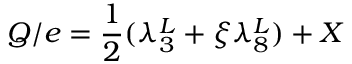
{ \cal Q } / e = \frac { 1 } { 2 } ( \lambda _ { 3 } ^ { L } + \xi \lambda _ { 8 } ^ { L } ) + X